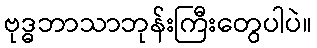
ဗုဒ္ဓဘာသာဘုန်းကြီးတွေပါပဲ။